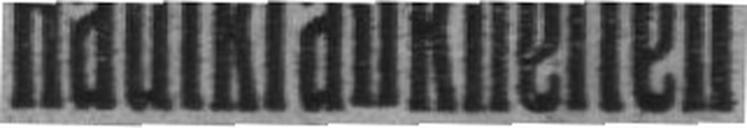
Hautkrankheiten